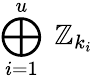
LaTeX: \bigoplus_{i=1}^{u}\ \mathbb{Z}_{k_{i}}